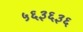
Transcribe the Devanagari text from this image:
५६३६३६